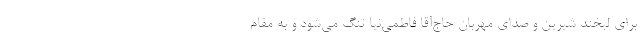
برای لبخند شیرین و صدای مهربان حاج‌آقا فاطمی‌نیا تنگ می‌شود و به مقام